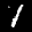
Label: 1